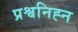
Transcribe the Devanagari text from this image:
प्रश्वनिह्न